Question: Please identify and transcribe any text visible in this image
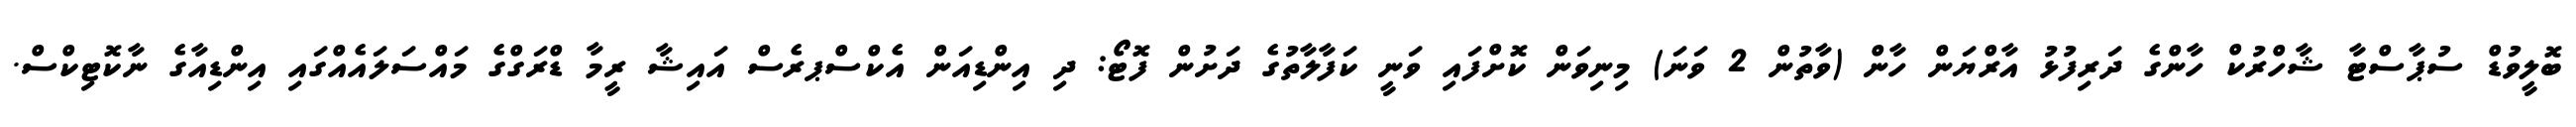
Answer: ބޮލީވުޑް ސުޕާސްޓާ ޝާހްރުކް ހާންގެ ދަރިފުޅު އާރްޔަން ހާން (ވާތުން 2 ވަނަ) މިނިވަން ކޮށްފައި ވަނީ ކަފާލާތުގެ ދަށުން ފޮޓޯ: ދި އިންޑިއަން އެކްސްޕރެސް އައިޝާ ރީމާ ޑްރަގްގެ މައްސަލައެއްގައި އިންޑިއާގެ ނާކޮޓިކްސް.